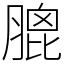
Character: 膍